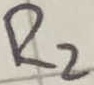
Text: R2